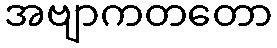
အဗျာကတတော